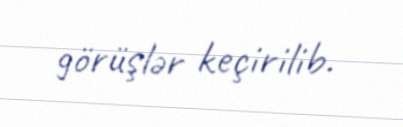
görüşlər keçirilib.